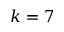
k = 7